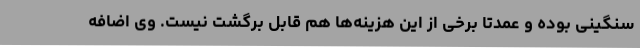
سنگینی بوده و عمدتاً برخی از این هزینه‌ها هم قابل برگشت نیست. وی اضافه